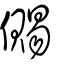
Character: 儩